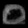
Digit: ၀